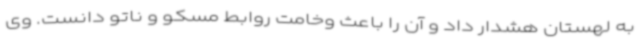
به لهستان هشدار داد و آن را باعث وخامت روابط مسکو و ناتو دانست. وی